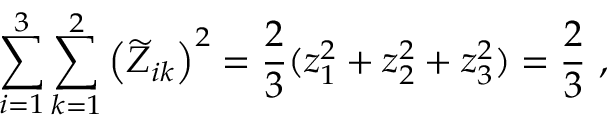
\sum _ { i = 1 } ^ { 3 } \sum _ { k = 1 } ^ { 2 } \left( \widetilde { Z } _ { i k } \right) ^ { 2 } = \frac { 2 } { 3 } ( z _ { 1 } ^ { 2 } + z _ { 2 } ^ { 2 } + z _ { 3 } ^ { 2 } ) = \frac { 2 } { 3 } \ ,